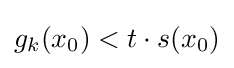
g_{k}(x_{0})<t\cdot s(x_{0})